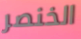
الخنصر